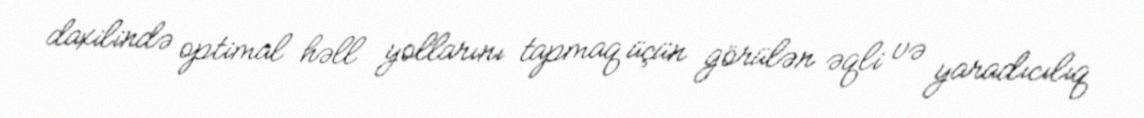
daxilində optimal həll yollarını tapmaq üçün görülən əqli və yaradıcılıq